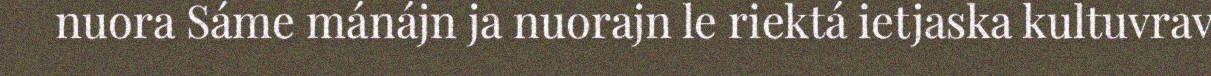
nuora Sáme mánájn ja nuorajn le riektá ietjaska kultuvrav